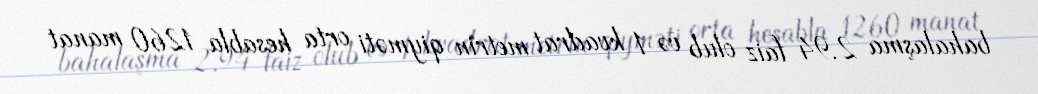
bahalaşma 2.94 faiz olub və 1 kvadrat metrin qiyməti orta hesabla 1260 manat